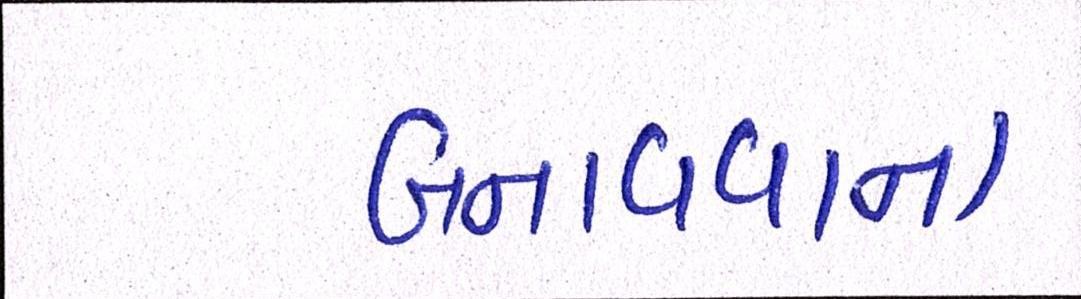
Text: બનાવવાના